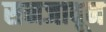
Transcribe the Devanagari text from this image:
सनजावून